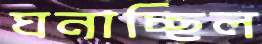
ঘনাচ্ছিল